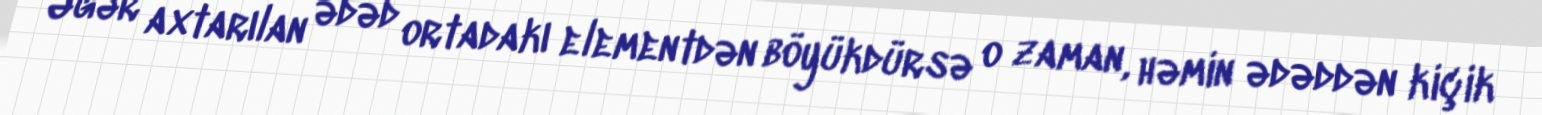
Əgər axtarılan ədəd ortadakı elementdən böyükdürsə o zaman, həmin ədəddən kiçik